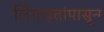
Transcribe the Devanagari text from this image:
लिंंगाइतांपासून